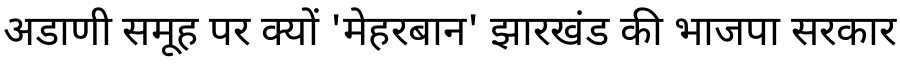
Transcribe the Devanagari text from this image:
अडाणी समूह पर क्यों 'मेहरबान' झारखंड की भाजपा सरकार